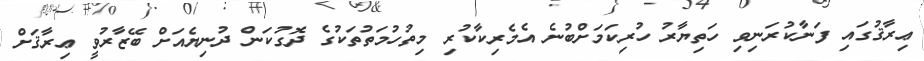
ޢިރާޤުގައި ފަނާކުރަނިވި ހަތިޔާރު ހުރިކަމަށްބުނެ އެމެރިކާކުރި މިތުހުމަތުތަކުގެ ދޮގުކަން ދުނިޔެއަށް ބޭޒާރުވީ ޢިރާޤަށް